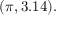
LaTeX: ( \pi , 3 . 1 4 ) .